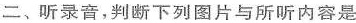
二、听录音，判断下列图片与所听内容是